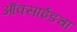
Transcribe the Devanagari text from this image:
ऑक्साईडचा